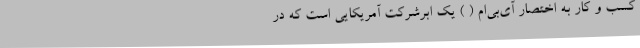
کسب‌ و کار به اختصار آی‌بی‌اِم ( ) یک ابرشرکت آمریکایی است که در